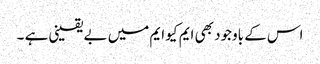
اس کے باوجود بھی ایم کیو ایم میں بے یقینی ہے ۔